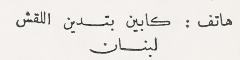
هاتف : كابين بتدين اللقش لبنان